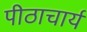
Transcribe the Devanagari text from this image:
पीठाचार्य